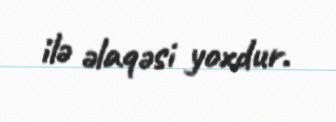
ilə əlaqəsi yoxdur.